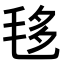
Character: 𣭧